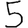
Digit: 5